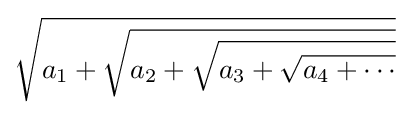
{\sqrt {a_{1}+{\sqrt {a_{2}+{\sqrt {a_{3}+{\sqrt {a_{4}+\cdots }}}}}}}}